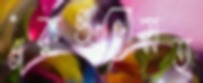
গরুগুলোসহ